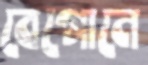
বেগোনে